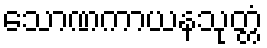
သောဏကာယနသုတ္တံ